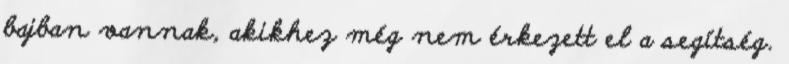
bajban vannak, akikhez még nem érkezett el a segítség.